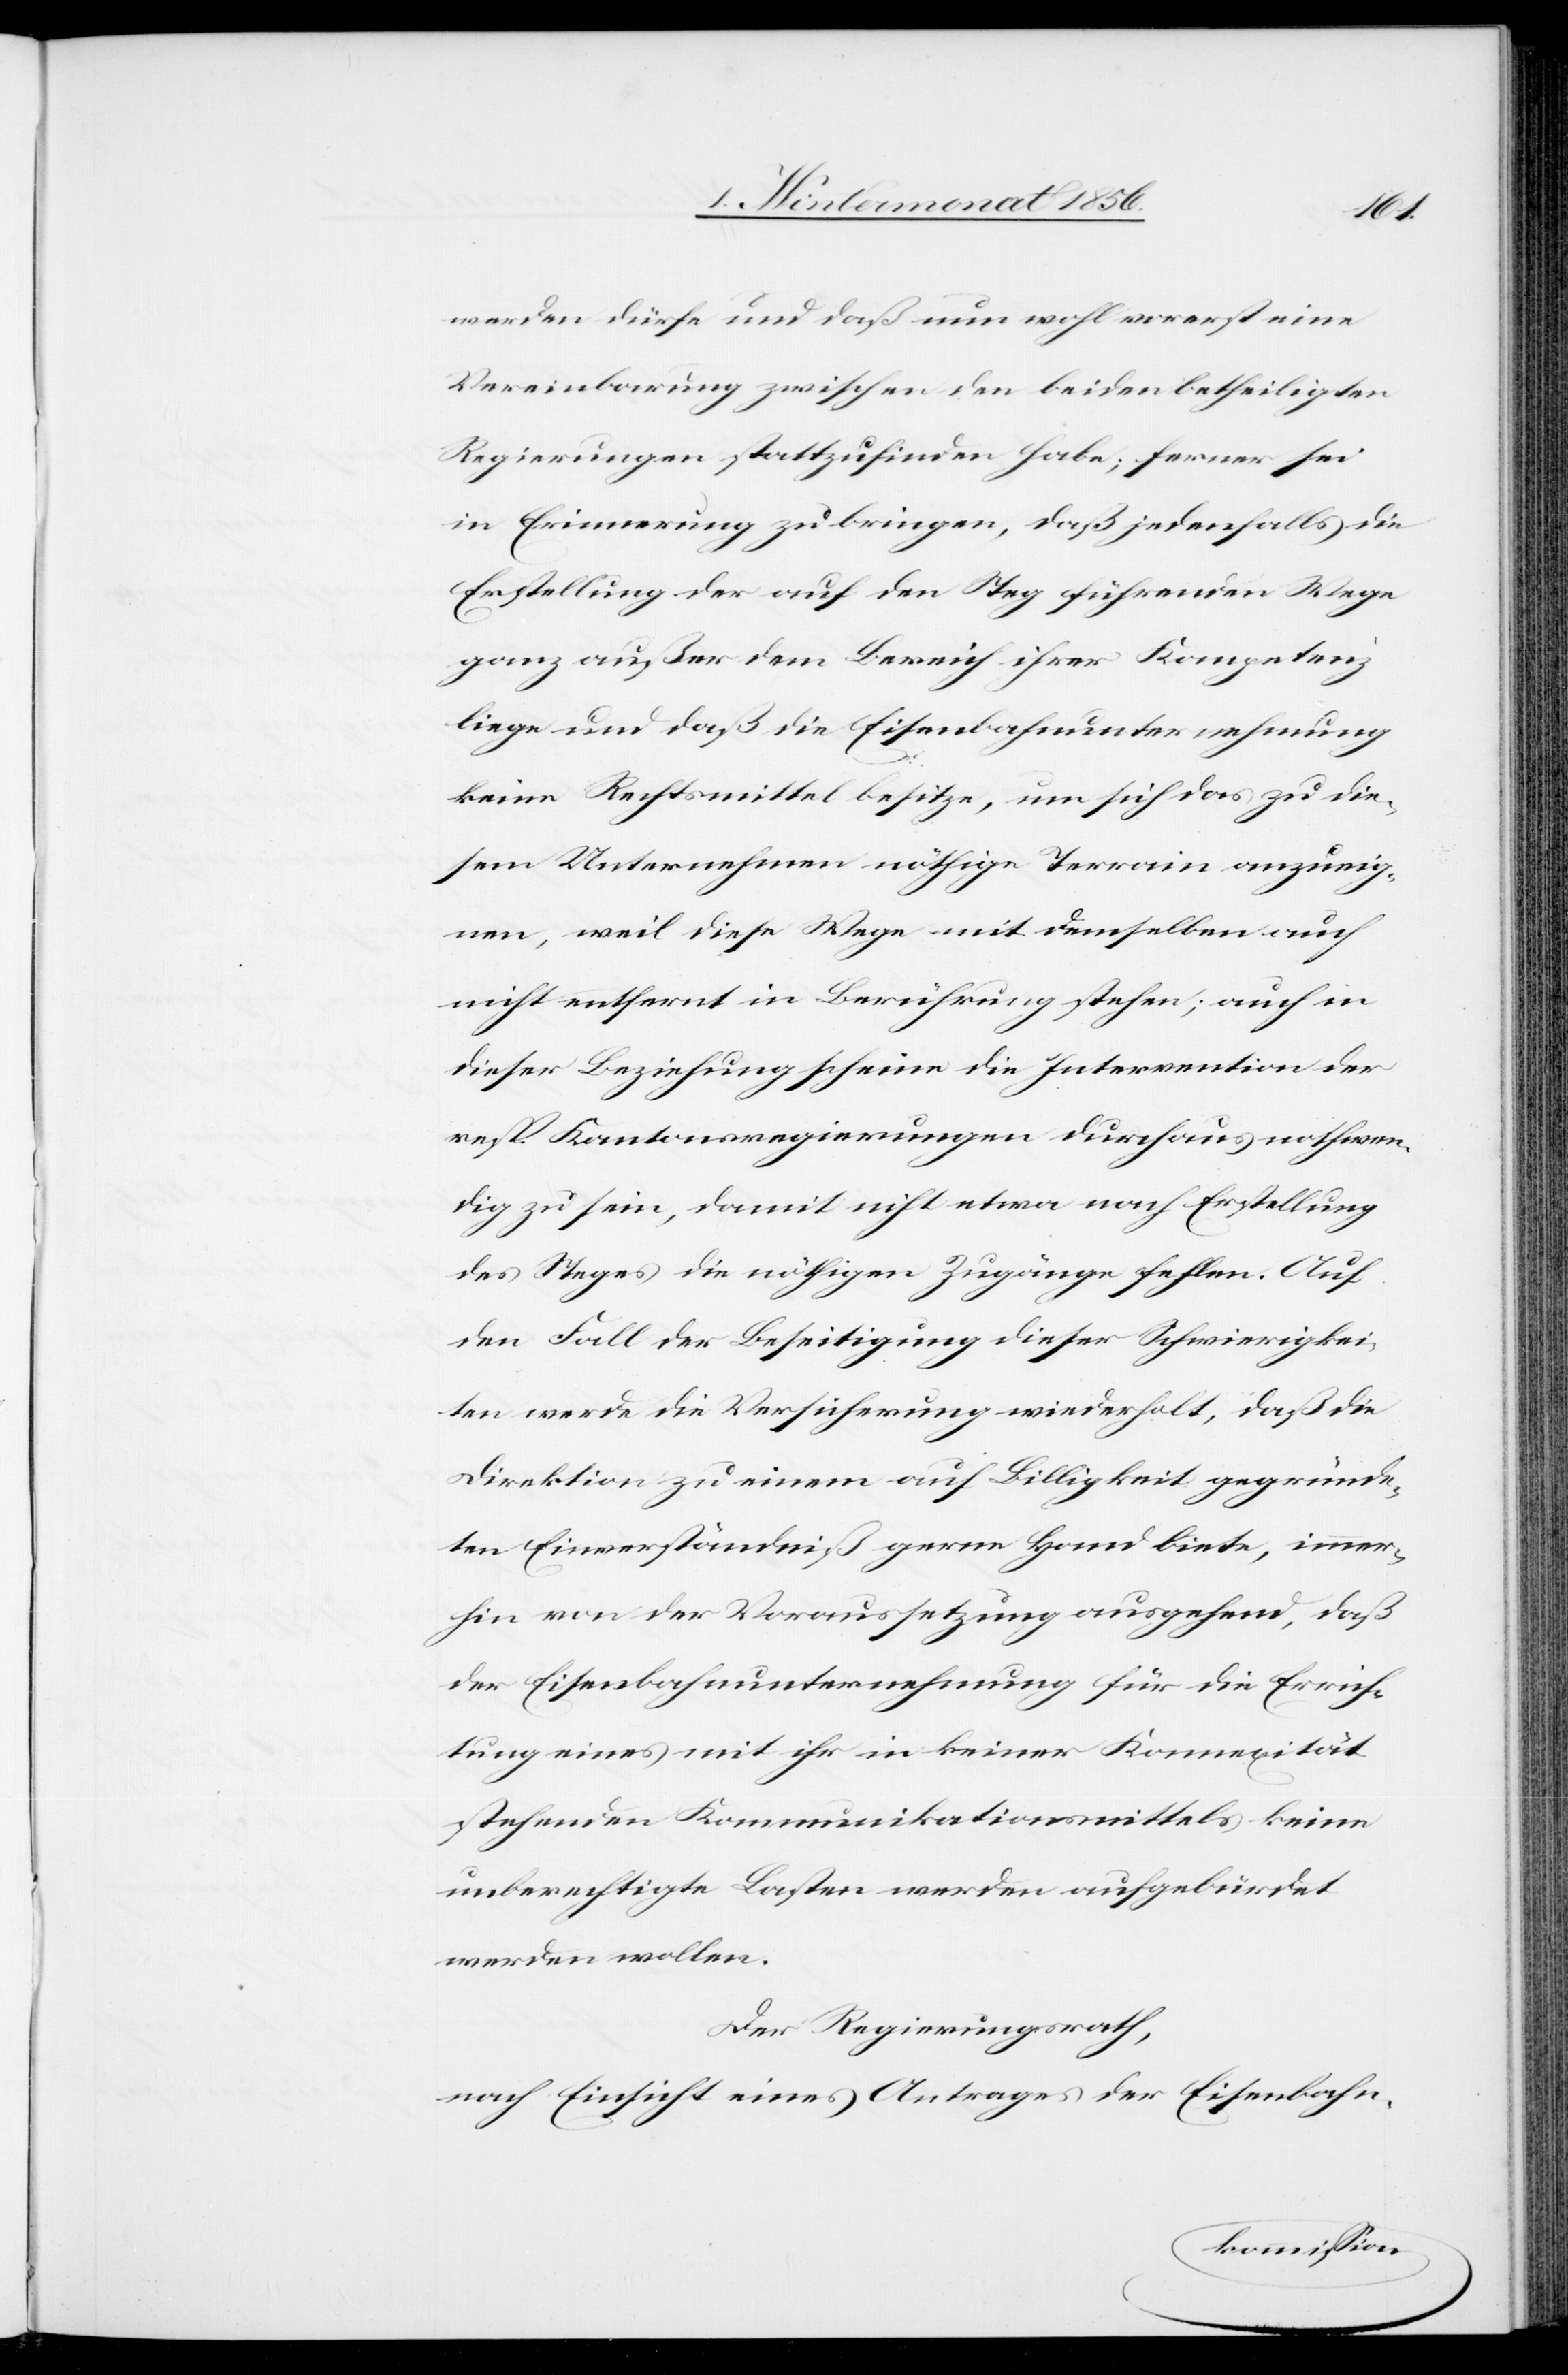
werden dürfe und daß nun wohl vorerst eine
Vereinbarung zwischen den beiden betheiligten
Regierungen stattzufinden habe; ferner sei
in Erinnerung zu bringen, daß jedenfalls die
Erstellung der auf den Steg führenden Wege
ganz außer dem Bereich ihrer Kompetenz
liege und daß die Eisenbahnunternehmung
keine Rechtsmittel besitze, um sich das zu die¬
sem Unternehmen nöthige Terrain anzueig¬
nen, weil diese Wege mit demselben auch
nicht entfernt in Berührung stehen; auch in
dieser Beziehung scheine die Intervention der
resp. Kantonsregierungen durchaus nothwen¬
dig zu sein, damit nicht etwa nach Erstellung
des Steges die nöthigen Zugänge fehlen. Auf
den Fall der Beseitigung dieser Schwierigkei¬
ten werde die Versicherung wiederholt, daß die
Direktion zu einem auf Billigkeit gegründe¬
ten Einverständniß gerne Hand biete, immer¬
hin von der Voraussetzung ausgehend, daß
der Eisenbahnunternehmung für die Errich¬
tung eines mit ihr in keiner Konnexität
stehenden Kommunikationsmittels keine
unberechtigte Lasten werden aufgebürdet
werden wollen.
Der Regierungsrath,
nach Einsicht eines Antrages der Eisenbahn-